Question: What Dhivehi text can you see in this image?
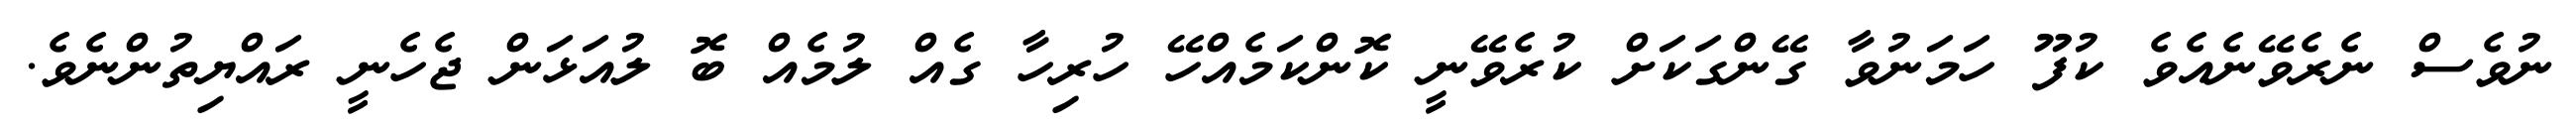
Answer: ނުވެސް ނެރެވޭނެއެވެ ކުފޫ ހަމަނުވާ ގޭންގަކަށް ކުރެވޭނީ ކޮންކަމެއްހޭ ހުރިހާ ގެއް ލުމެއް ބޮ ލުއަޅަން ޖެހެނީ ރައްޔިތުންނެވެ.